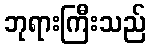
ဘုရားကြီးသည်